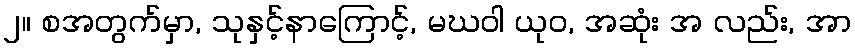
၂။ စအတွက်မှာ, သုနှင့်နာကြောင့်, မဃဝါ ယုဝ, အဆုံး အ လည်း, အာ